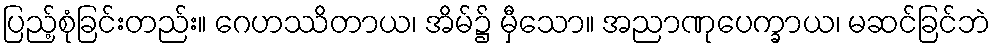
ပြည့်စုံခြင်းတည်း။ ဂေဟဿိတာယ၊ အိမ်၌ မှီသော။ အညာဏုပေက္ခာယ၊ မဆင်ခြင်ဘဲ